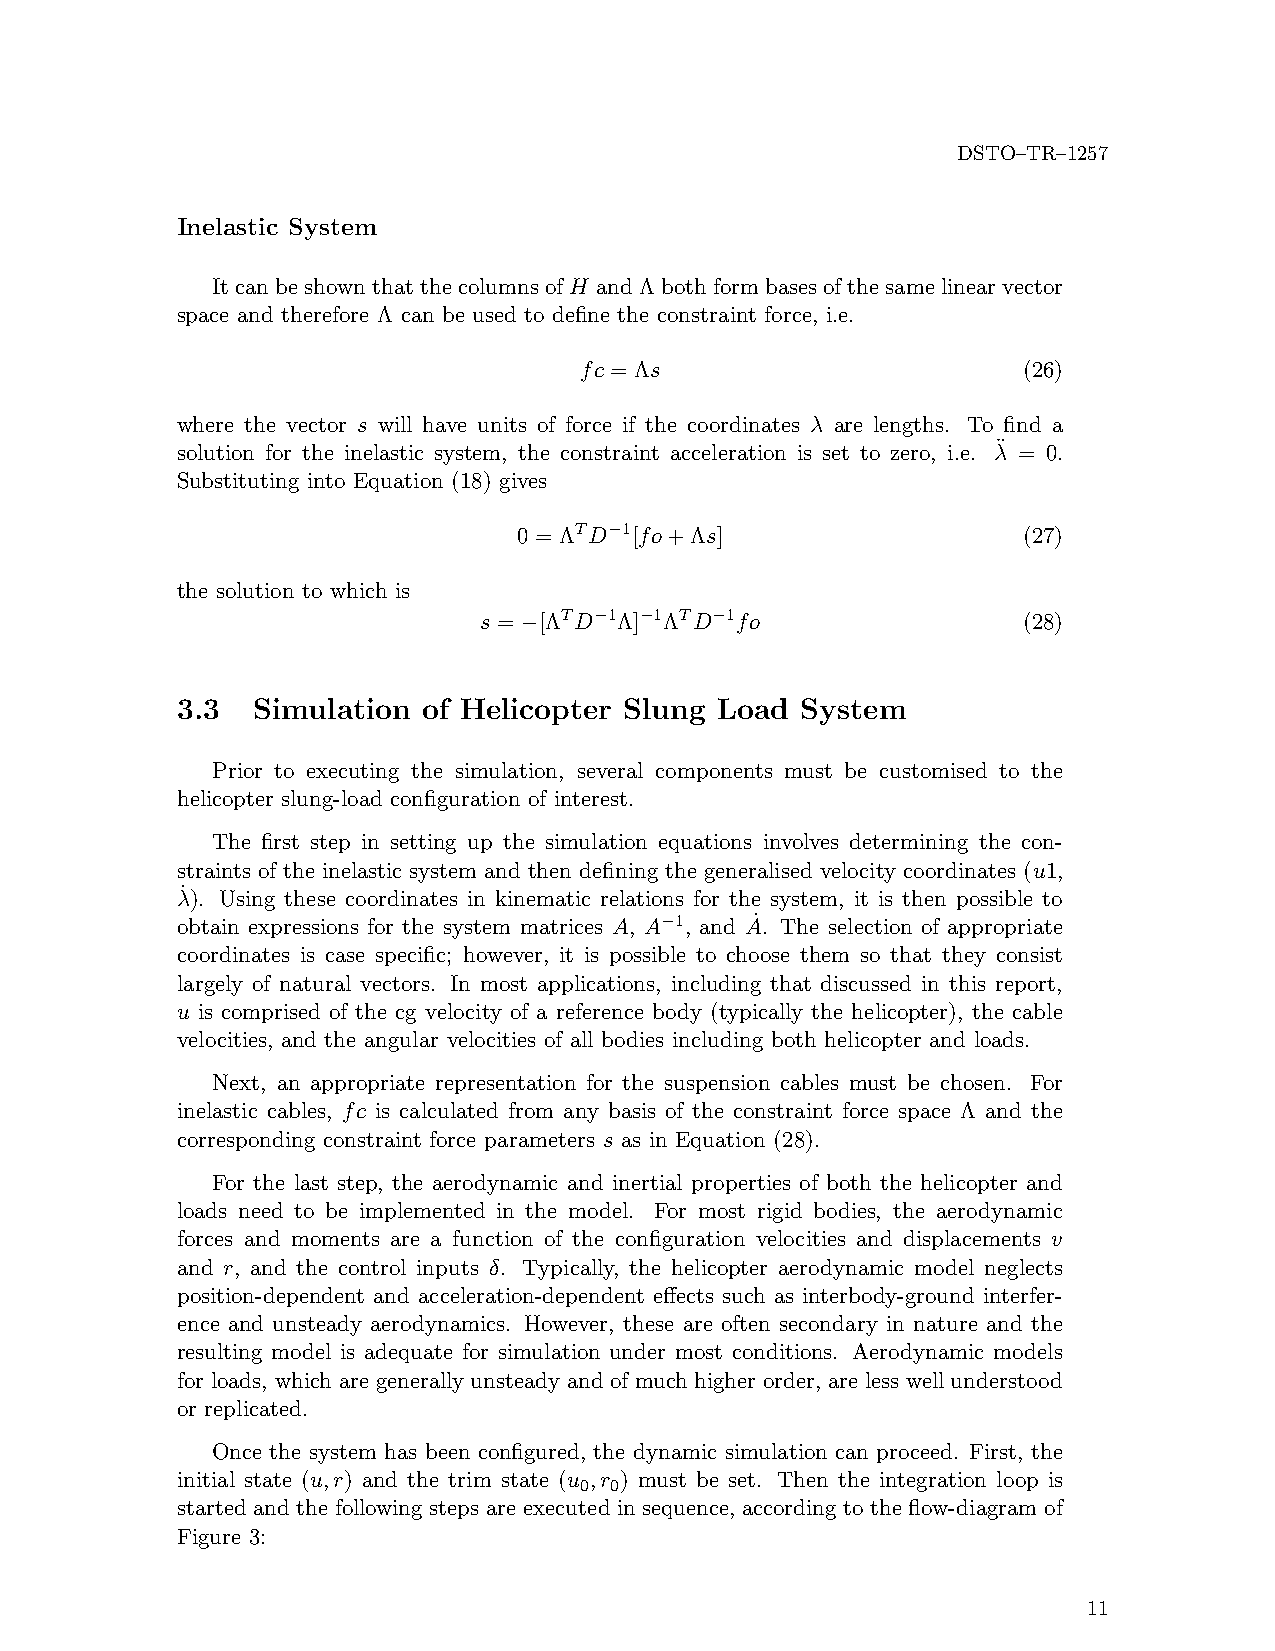
DSTO–TR–1257
 Inelastic System
 ItcanbeshownthatthecolumnsofH andΛbothformbasesofthesamelinearvector
 space and therefore Λ can be used to define the constraint force, i.e.
 fc = Λs                       (26)
 where the vector s will have units of force if the coordinates λ are lengths. To find a
 solution for the inelastic system, the constraint acceleration is set to zero, i.e. λ¨ = 0.
 Substituting into Equation (18) gives
 0 = ΛTD−1[fo+Λs]                  (27)
 the solution to which is
 s = −[ΛTD−1Λ]−1ΛTD−1fo              (28)
 3.3  Simulation of Helicopter Slung Load System
 Prior to executing the simulation, several components must be customised to the
 helicopter slung-load configuration of interest.
 The first step in setting up the simulation equations involves determining the con-
 straints of the inelastic system and then defining the generalised velocity coordinates (u1,
 λ˙). Using these coordinates in kinematic relations for the system, it is then possible to
 obtain expressions for the system matrices A, A−1, and A˙. The selection of appropriate
 coordinates is case specific; however, it is possible to choose them so that they consist
 largely of natural vectors. In most applications, including that discussed in this report,
 u is comprised of the cg velocity of a reference body (typically the helicopter), the cable
 velocities, and the angular velocities of all bodies including both helicopter and loads.
 Next, an appropriate representation for the suspension cables must be chosen. For
 inelastic cables, fc is calculated from any basis of the constraint force space Λ and the
 corresponding constraint force parameters s as in Equation (28).
 For the last step, the aerodynamic and inertial properties of both the helicopter and
 loads need to be implemented in the model. For most rigid bodies, the aerodynamic
 forces and moments are a function of the configuration velocities and displacements v
 and r, and the control inputs δ. Typically, the helicopter aerodynamic model neglects
 position-dependent and acceleration-dependent effects such as interbody-ground interfer-
 ence and unsteady aerodynamics. However, these are often secondary in nature and the
 resulting model is adequate for simulation under most conditions. Aerodynamic models
 for loads, which are generally unsteady and of much higher order, are less well understood
 or replicated.
 Once the system has been configured, the dynamic simulation can proceed. First, the
 initial state (u,r) and the trim state (u ,r ) must be set. Then the integration loop is
 0 0
 started and the following steps are executed in sequence, according to the flow-diagram of
 Figure 3:
 11